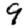
Digit: 9